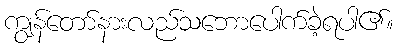
ကျွန်တော်နားလည်သဘောပေါက်ခဲ့ရပါ၏။